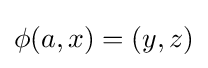
\phi (a,x)=(y,z)